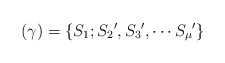
\begin{align*}(\gamma)=\{S_1;{S_2}',{S_3}',\cdots{S_\mu}'\}\end{align*}